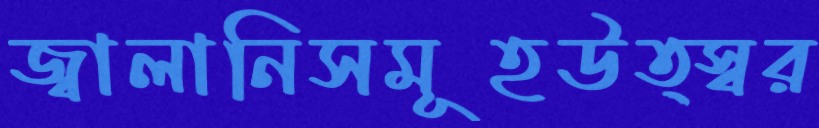
জ্বালানিসমূহউত্স্বর